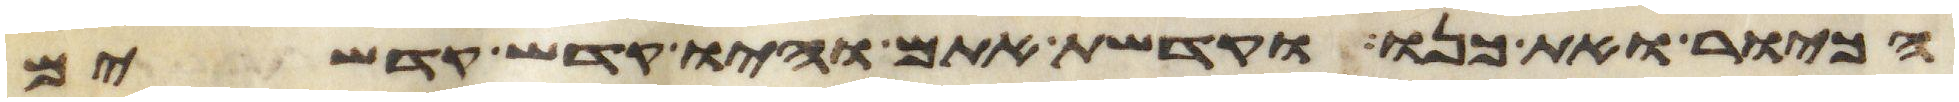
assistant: הכיור ואת כנו וקדשת אתם והיו קדש קדשים